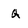
Character: Q